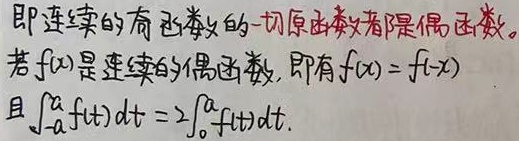
即连续的奇函数的一切原函数都是偶函数。若\(f(x)\)是连续的偶函数，即有\(f(x)=f(-x)\)，且\(\int_{-a}^{a}f(t)dt = 2\int_{0}^{a}f(t)dt\)。